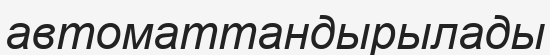
автоматтандырылады